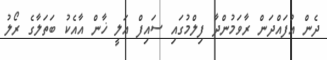
ދެން އުފައްދަން ރާވަމުންދާ ފިލްމުގައި ސައިފް އަލީ ޚާން އާއެކު ބަތަލާގެ ރޯލު